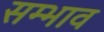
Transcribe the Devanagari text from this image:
सम्भाव